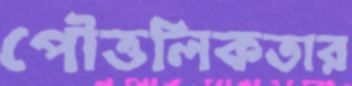
পৌত্তলিকতার